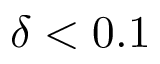
\delta < 0 . 1